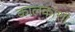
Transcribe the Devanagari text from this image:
कालकाशी